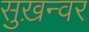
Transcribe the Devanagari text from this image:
सुख़न्वर